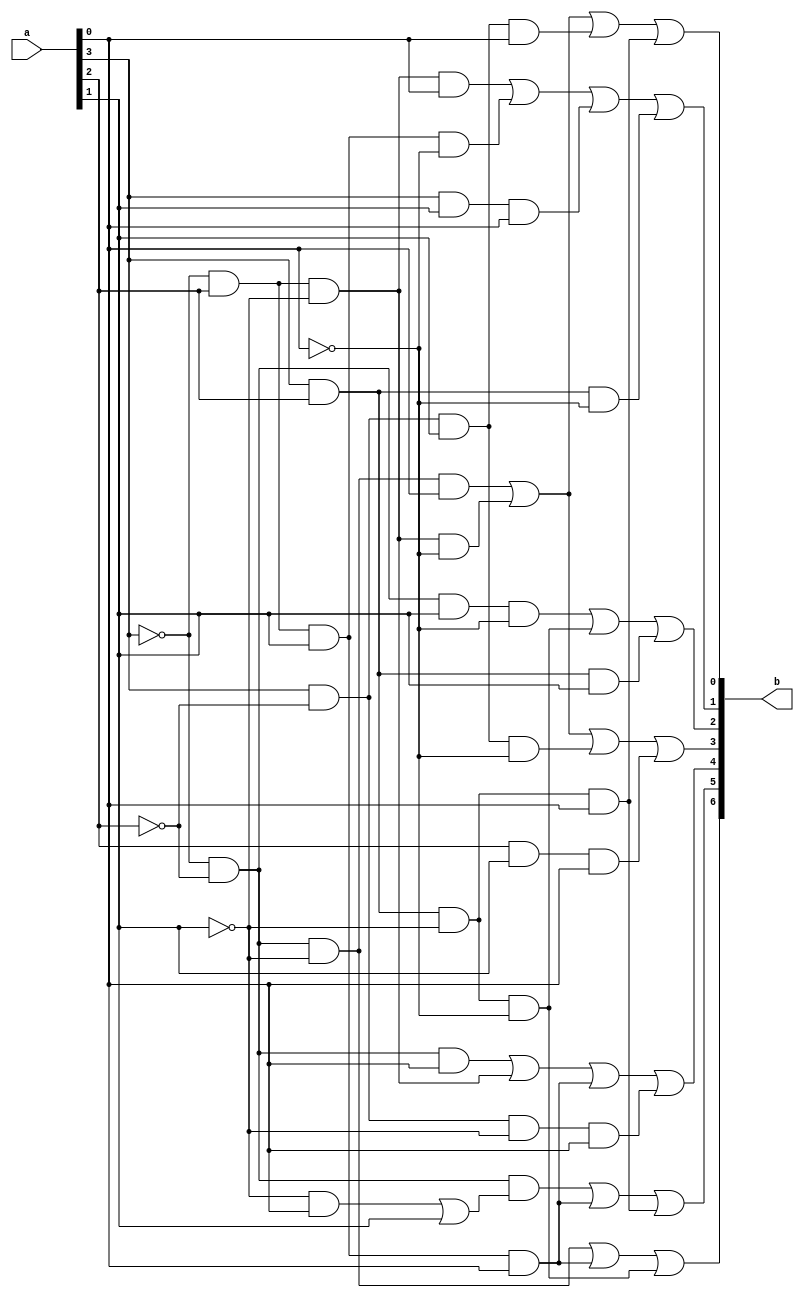
module segmentDisplay (input [3:0] a, output [6:0] b);


	//If reading the simplifications is too cancerous. 
	//Check out this google doc for the writtin simplifications which could be easier to read
	//	https://drive.google.com/file/d/1YCHgSkEKiLgrfN2ctlx6sR0d5zlfnmsT/view?usp=sharing
	
	//A -> a[3]
	//B -> a[2]
	//C -> a[1]
	//D ->a[0]

	
	// No simplifications performed
	assign b[0] = (~a[3] & ~a[2] & ~a[1] & a[0]) | (~a[3] & a[2] & ~a[1] & ~a[0]) | (a[3] & ~a[2] & a[1] & a[0]) | (a[3] & a[2] & ~a[1] & a[0]);


	
	// F(1) = (notA B notC D) + (notA B C notD) + (A notB C D) + (A B notC notD) + (A B C notD) + (A B C D)
	// = (notA B notC D) + (notA B C notD) + (A C D)(notB + B) + (A B notD)(notC + C)
	// = (notA B notC D) + (notA B C notD) + (A C D) + (A B notD)
	assign b[1] = (~a[3] & a[2] & ~a[1] & a[0]) | (~a[3] & a[2] & a[1] & ~a[0]) | (a[3] & a[1] & a[0]) | (a[3] & a[2] & ~a[0]);


	
	// F(6) = (notA notB notC notD) + (notA notB notC D) + (notA B C D) + (A B notC notD) 
	// = (notA notB notC)(D + notD) + (notA B C D) + (A B notC notD)
	// = (notA notB notC) + (notA B C D) + (A B notC notD)
	assign b[6] = (~a[3] & ~a[2] & ~a[1]) | (~a[3] & a[2] & a[1] & a[0]) | (a[3] & a[2] & ~a[1] & ~a[0]);



	// F(5) = (notA notB notC D) + (notA notB C notD) + (notA notB C D) + (notA B C D) + (A B notC D)
	// = (notA notB)( (notC D) + (C notD) + (CD) ) + (notA B C D) + (A B notC D)
	// = (notA notB)( (notC D) + C(D + notD)) + (notA B C D) + (A B notC D)
	// = (notA notB)( (notC D) + C ) + (notA B C D) + (A B notC D)
	assign b[5] = ( (~a[3] & ~a[2]) & ( (~a[1] & a[0]) | a[1] ) ) | (~a[3] & a[2] & a[1] & a[0]) | (a[3] & a[2] & ~a[1] & a[0]);


	
	//F(2) = (notA notB C notD) + (A B notC notD) + (A B C notD) + (A B C D)
	// = (notA notB C notD) + (A B notC notD) + (A B C)(notD + D)
	// = (notA notB C notD) + (A B notC notD) + (A B C)
	assign b[2] = (~a[3] & ~a[2] & a[1] & ~a[0]) | (a[3] & a[2] & ~a[1] & ~a[0]) | (a[3] & a[2] & a[1]);


	
	//F(3) = (notA notB notC D) + (notA B notC notD) + (notA B C D) + (A notB C notD) + (A B C D)
	// = (notA notB notC D) + (notA B notC D) + (A notB C notD) + (B C D)(notA + A)
	// = (notA notB notC D) + (notA B notC D) + (A notB C notD) + (B C D)
	assign b[3] = (~a[3] & ~a[2] & ~a[1] & a[0]) | (~a[3] & a[2] & ~a[1] & ~a[0]) | (a[3] & ~a[2] & a[1] & ~a[0]) | (a[2] & a[1] & a[0]);

	
	// F(4) = (notA notB notC D) + (notA notB C D) + (notA B notC notD) + (notA B notC D) + (notA B C D) + (A notB notC D)
	// = (notA notB D)(notC + C) + (notA B C)(notD + D) + (notA B C D) + (A notB notC D)
	// = (notA notB D) + (notA B notC) + (notA B C D) + (A notB notC D)
	assign b[4] = (~a[3] & ~a[2] & a[0]) | (~a[3] & a[2] & ~a[1]) | (~a[3] & a[2] & a[1] & a[0]) | (a[3] & ~a[2] & ~a[1] & a[0]);

endmodule